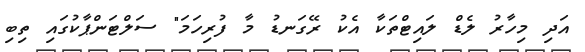
އަދި މިހާރު ލެޑް ލައިޓްތަކާ އެކު ރޭގަނޑު މާ ފުރިހަމަ" ސަލްޓަންޕާކުގައި ތިބި